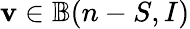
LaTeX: \mathbf{v}\in\mathbb{B}(n-S,I)